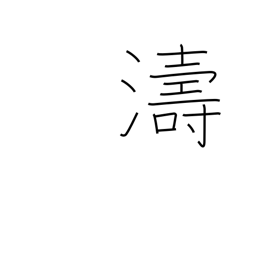
Meaning: waves